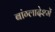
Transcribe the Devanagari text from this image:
बांग्लादेश्में